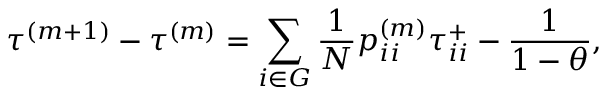
\tau ^ { ( m + 1 ) } - \tau ^ { ( m ) } = \sum _ { i \in G } \frac { 1 } { N } p _ { i i } ^ { ( m ) } \tau _ { i i } ^ { + } - \frac { 1 } { 1 - \theta } ,